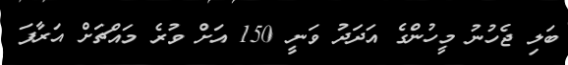
ބަލި ޖެހުނު މީހުންގެ އަދަދު ވަނީ 150 އަށް ވުރެ މައްޗަށް އަރާފަ